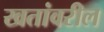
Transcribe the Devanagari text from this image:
खतांवरील